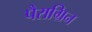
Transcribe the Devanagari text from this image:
पैराग्रिन